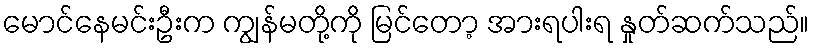
မောင်နေမင်းဦးက ကျွန်မတို့ကို မြင်တော့ အားရပါးရ နှုတ်ဆက်သည်။